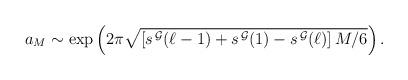
LaTeX: \begin{align*}a_M \sim \exp\left(2 \pi \sqrt{\left[s^{\, \cal G}(\ell-1)+ s^{\, \cal G}(1)- s^{\, \cal G}(\ell) \right]M/6}\right).\end{align*}